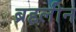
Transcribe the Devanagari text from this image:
ब्रहलीन